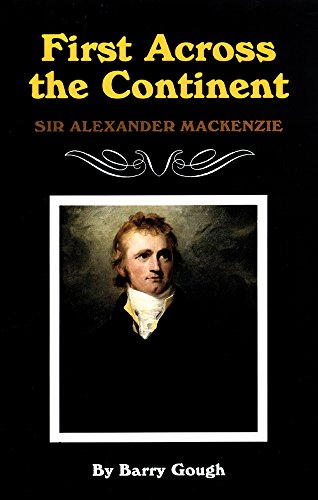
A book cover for First Across the Continent: Sir Alexander Mackenzie (The Oklahoma Western Biographies); Barry Gough; Biographies & Memoirs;